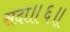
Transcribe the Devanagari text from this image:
सदा॥६॥